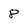
Character: 8